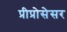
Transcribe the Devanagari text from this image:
प्रीप्रोसेसर